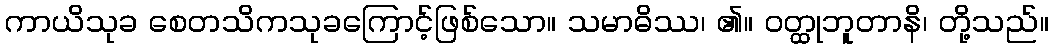
ကာယိသုခ စေတသိကသုခကြောင့်ဖြစ်သော။ သမာဓိဿ၊ ၏။ ဝတ္ထုဘူတာနိ၊ တို့သည်။